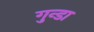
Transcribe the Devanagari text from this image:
गुन्डा